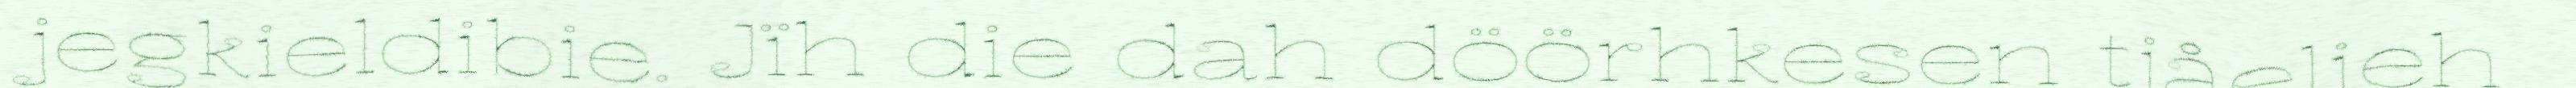
jegkieldibie. Jïh die dah döörhkesen tjåelieh